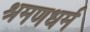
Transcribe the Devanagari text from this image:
श्रमणधर्म